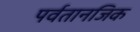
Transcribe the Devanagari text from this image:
पर्वतानजिक